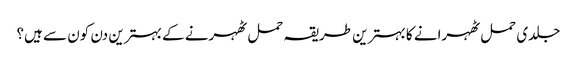
جلدی حمل ٹھہرانے کا بہترین طریقہ حمل ٹھہرنے کے بہترین دن کون سے ہیں؟